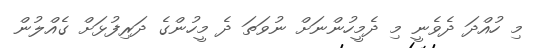
މި ހުއްދަ ދެވެނީ މި ދެމީހުންނަށް ނުވަތަ ދެ މީހުންގެ ދަރިފުޅަށް ގެއްލުން